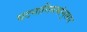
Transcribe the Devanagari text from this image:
घटनानियमांनुसार